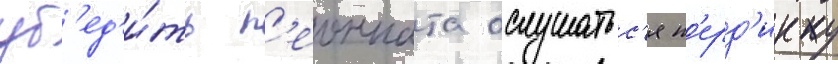
уб'ед'и́ть л'еонната ослушатьс'я п'ерд'икку